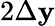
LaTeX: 2\Delta\mathbf{y}